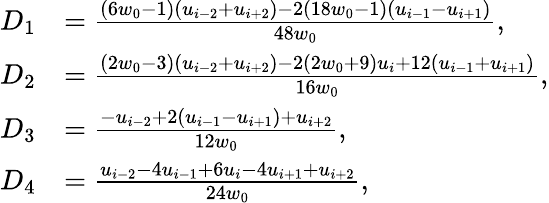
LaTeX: \begin{array}{rl}{D_{1}}&{=\frac{\left(6w_{0}-1\right)\left(u_{i-2}+u_{i+2}\right)-2\left(18w_{0}-1\right)\left(u_{i-1}-u_{i+1}\right)}{48w_{0}},}\\ {D_{2}}&{=\frac{\left(2w_{0}-3\right)\left(u_{i-2}+u_{i+2}\right)-2\left(2w_{0}+9\right)u_{i}+12\left(u_{i-1}+u_{i+1}\right)}{16w_{0}},}\\ {D_{3}}&{=\frac{-u_{i-2}+2\left(u_{i-1}-u_{i+1}\right)+u_{i+2}}{12w_{0}},}\\ {D_{4}}&{=\frac{u_{i-2}-4u_{i-1}+6u_{i}-4u_{i+1}+u_{i+2}}{24w_{0}},}\end{array}